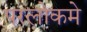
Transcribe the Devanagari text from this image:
परलोकमे